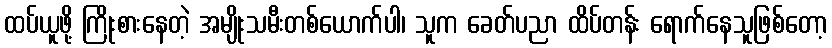
ထပ်ယူဖို့ ကြိုးစားနေတဲ့ အမျိုးသမီးတစ်ယောက်ပါ၊ သူက ခေတ်ပညာ ထိပ်တန်း ရောက်နေသူဖြစ်တော့